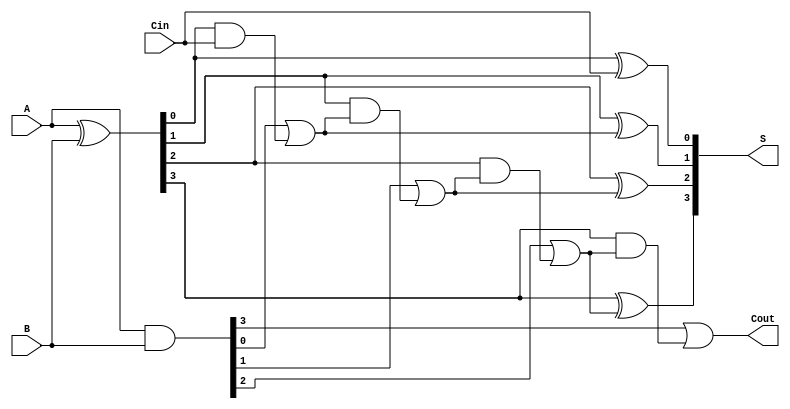
module LingAdder #(parameter n = 4) (
    input [n-1:0] A,        // Input A
    input [n-1:0] B,        // Input B
    input Cin,              // Input carry
    output [n-1:0] S,       // Sum output
    output Cout             // Carry output
);

    wire [n-1:0] G;         // Generate signals
    wire [n-1:0] P;         // Propagate signals
    wire [n:0] C;           // Carry signals

    // Generate and Propagate signals
    assign G = A & B;       // Generate: G[i] = A[i] AND B[i]
    assign P = A ^ B;       // Propagate: P[i] = A[i] XOR B[i]

    // Carry generation using carry lookahead logic
    assign C[0] = Cin;      // Initial carry is the input carry
    genvar i;
    generate
        for (i = 0; i < n; i = i + 1) begin : carry_logic
            assign C[i + 1] = G[i] | (P[i] & C[i]); // C[i+1] = G[i] + (P[i] * C[i])
        end
    endgenerate

    // Sum calculation
    generate
        for (i = 0; i < n; i = i + 1) begin : sum_logic
            assign S[i] = P[i] ^ C[i]; // S[i] = P[i] XOR C[i]
        end
    endgenerate

    // Final carry output
    assign Cout = C[n];      // Cout is the carry out from the most significant bit

endmodule